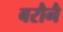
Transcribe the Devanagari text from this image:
बरौनै